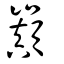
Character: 巔